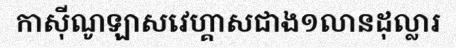
កាស៊ីណូឡាសវេហ្គាសជាង១លានដុល្លារ